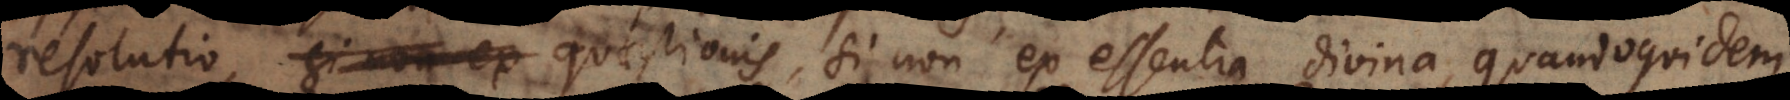
solutio quaestionis, si non ex essentia divina, quandoquidem